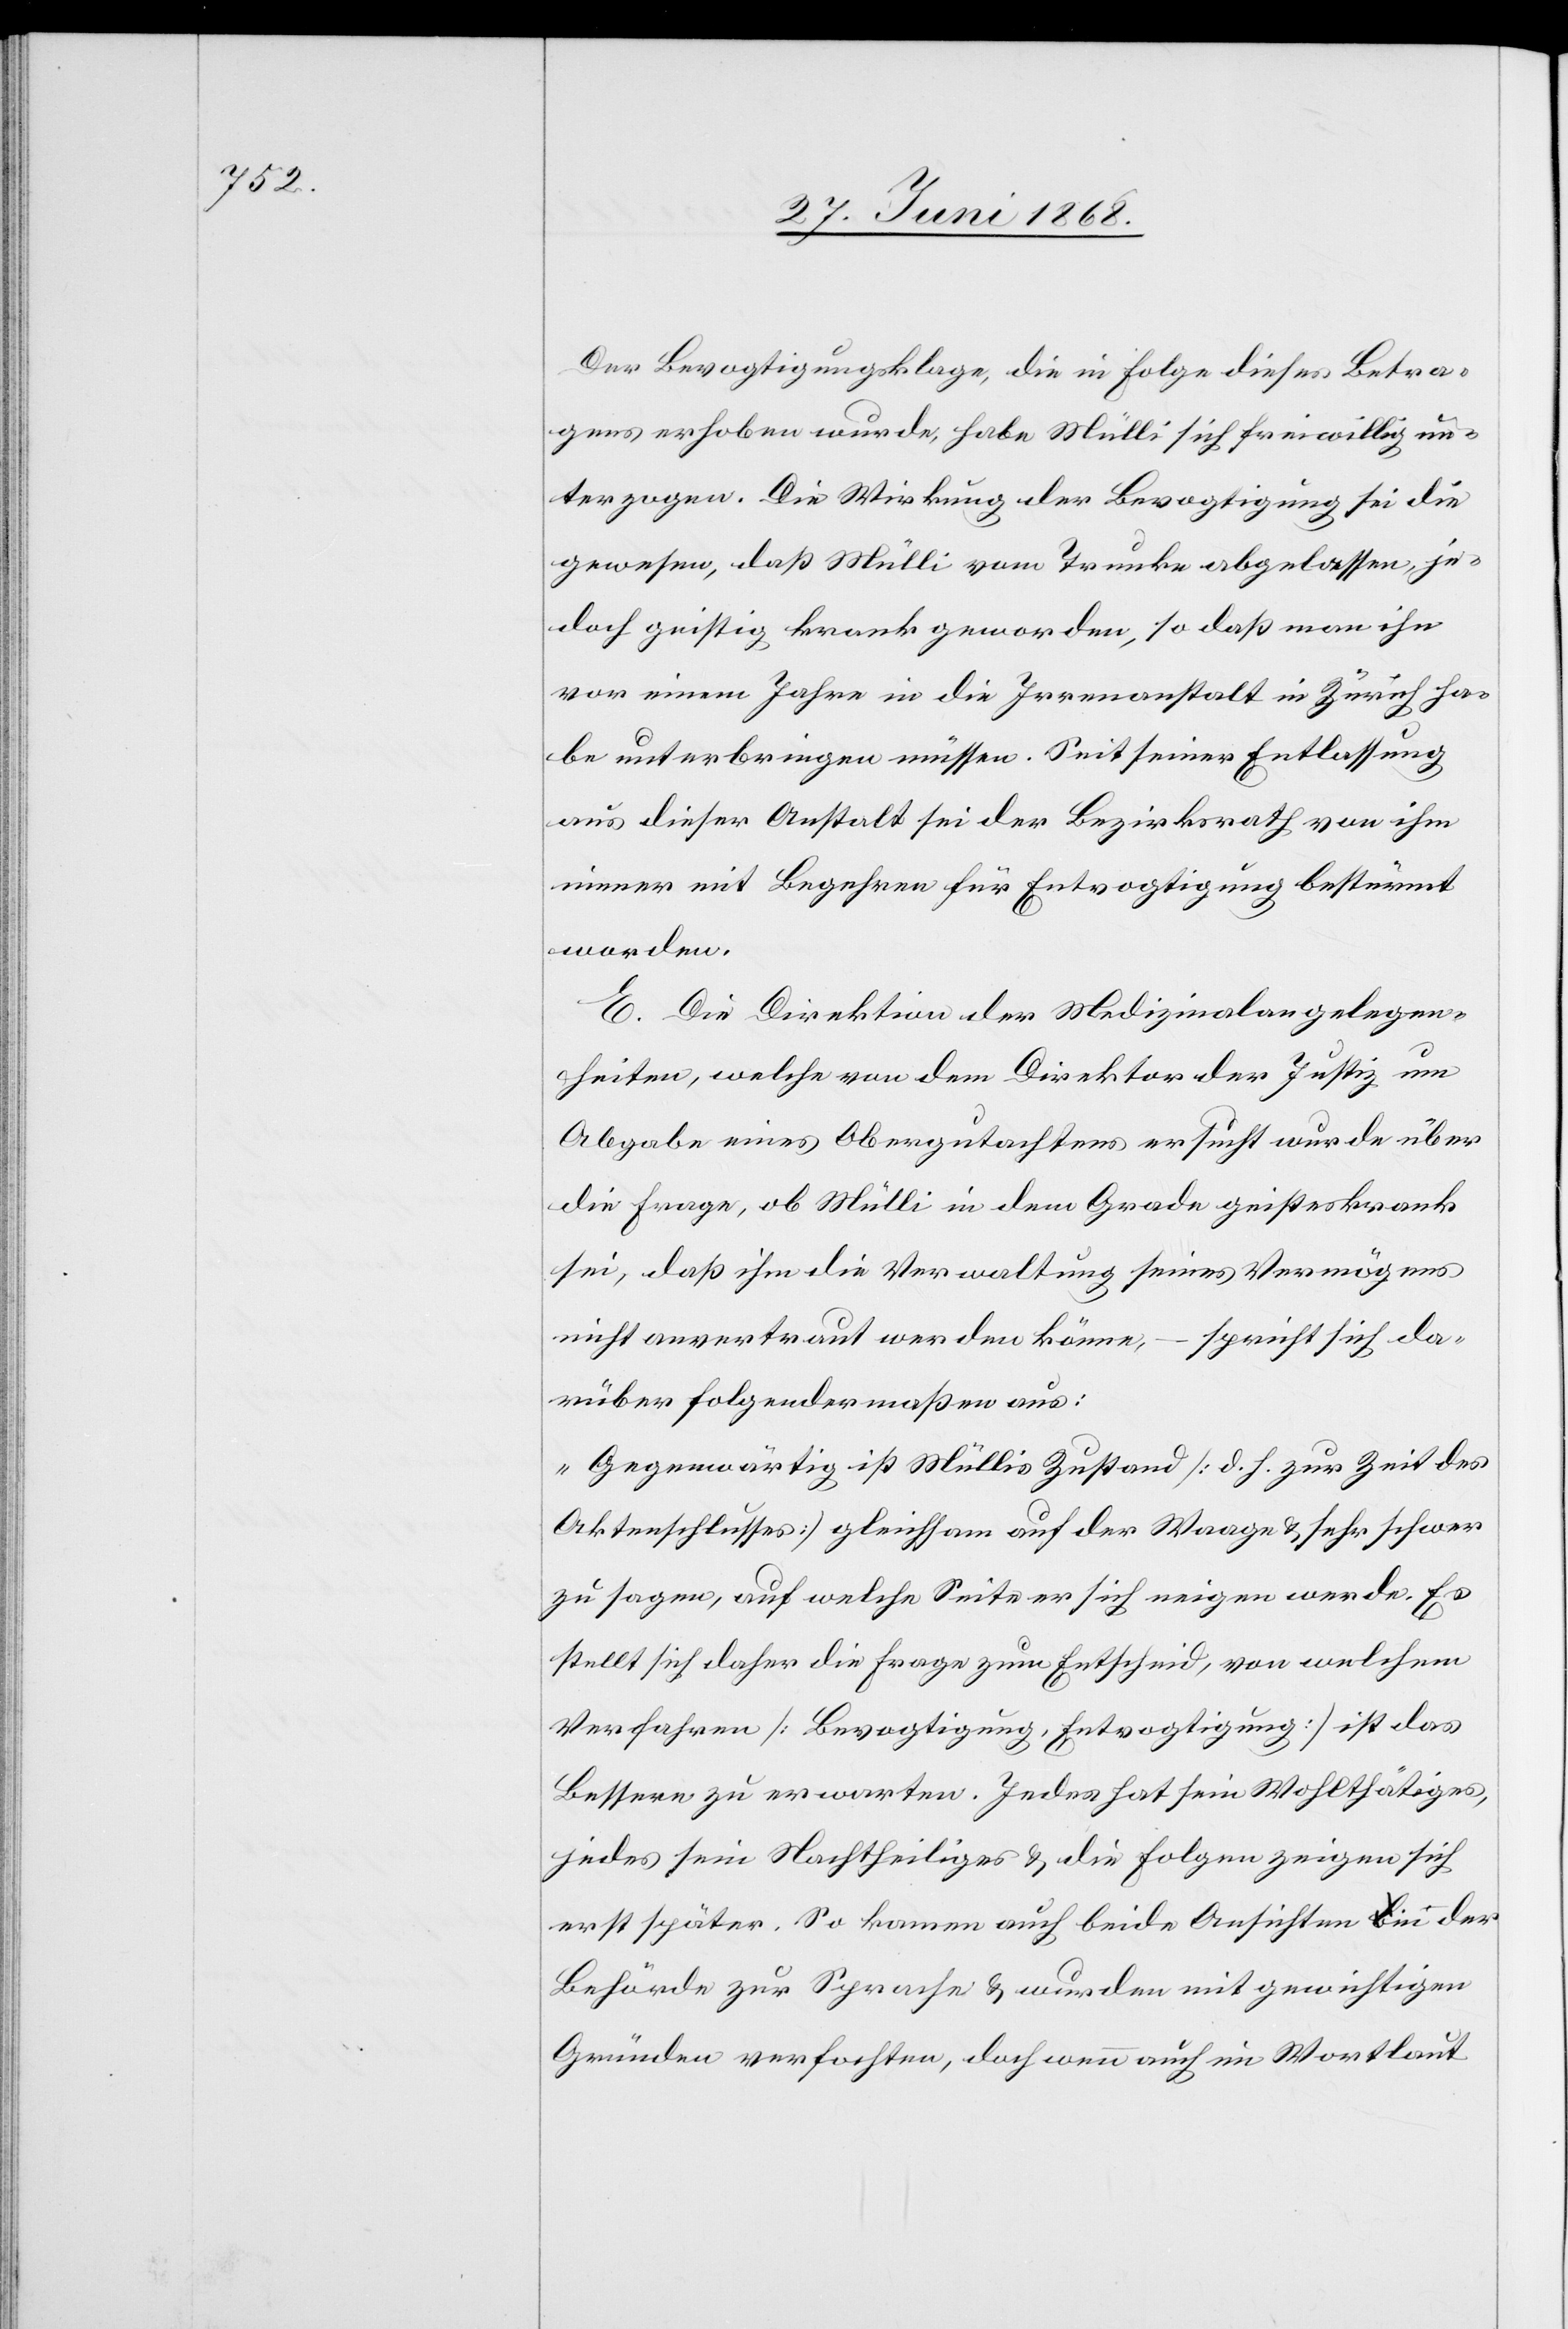
Der Bevogtigungsklage, die in Folge dieses Betra¬
gens erhoben wurde, habe Mülli sich freiwillig un¬
terzogen. Die Wirkung der Bevogtigung sei die
gewesen, daß Mülli vom Trunke abgelassen, je¬
doch geistig krank geworden, so daß man ihn
vor einem Jahre in die Irrenanstalt in Zürich ha¬
be unterbringen müssen. Seit seiner Entlassung
aus dieser Anstalt sei der Bezirksrath von ihm
immer mit Begehren für Entvogtigung bestürmt
worden.
E. Die Direktion der Medizinalangelegen¬
heiten, welche von dem Direktor der Justiz um
Abgabe eines Obergutachtens ersucht wurde über
die Frage, ob Mülli in dem Grade geisteskrank
sei, daß ihm die Verwaltung seines Vermögens
spricht sich da¬
nicht anvertraut werden könne,
rüber folgendermaßen aus:
„Gegenwärtig ist Müllis Zustand [d. h. zur Zeit des
Aktenschlusses] gleichsam auf der Waage & sehr schwer
zu sagen, auf welche Seite er sich neigen werde. Es
stellt sich daher die Frage zum Entscheid, von welchem
Verfahren [Bevogtigung, Entvogtigung] ist das
Bessere zu erwarten. Jedes hat sein Wohlthätiges,
jedes sein Nachtheiliges & die Folgen zeigen sich
erst später. So kamen auch beide Ansichten in der
Behörde zur Sprache & wurden mit gewichtigen
Gründen verfochten, doch wenn auch im Wortlaut